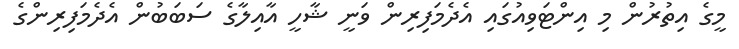
މީގެ އިތުރުން މި އިންޓަވިއުގައި އެދެމަފިރިން ވަނީ ޝާހީ އާއިލާގެ ސަބަބުން އެދެމަފިރިންގެ